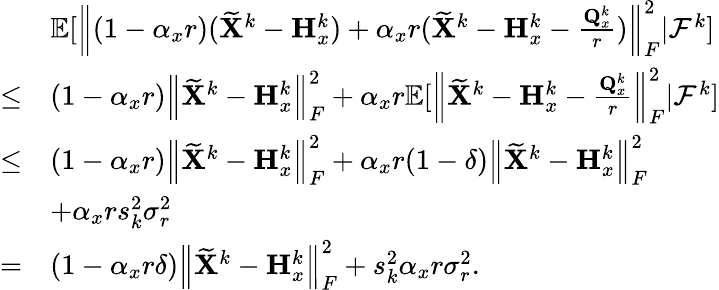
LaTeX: \begin{array}{rl}&{{\mathbb{E}}[\left\| (1-\alpha_{x}r)(\widetilde{{\mathbf{X}}}^{k}-{\mathbf{H}}_{x}^{k})+\alpha_{x}r(\widetilde{{\mathbf{X}}}^{k}-{\mathbf{H}}_{x}^{k}-\frac{{\mathbf{Q}}_{x}^{k}}{r})\right\| _{F}^{2}\vert{\mathcal{F}}^{k}]}\\ {\leq}&{(1-\alpha_{x}r)\left\| \widetilde{{\mathbf{X}}}^{k}-{\mathbf{H}}_{x}^{k}\right\| _{F}^{2}+\alpha_{x}r{\mathbb{E}}[\left\| \widetilde{{\mathbf{X}}}^{k}-{\mathbf{H}}_{x}^{k}-\frac{{\mathbf{Q}}_{x}^{k}}{r}\right\| _{F}^{2}\vert{\mathcal{F}}^{k}]}\\ {\leq}&{(1-\alpha_{x}r)\left\| \widetilde{{\mathbf{X}}}^{k}-{\mathbf{H}}_{x}^{k}\right\| _{F}^{2}+\alpha_{x}r(1-\delta)\left\| \widetilde{{\mathbf{X}}}^{k}-{\mathbf{H}}_{x}^{k}\right\| _{F}^{2}}\\ &{+\alpha_{x}rs_{k}^{2}\sigma_{r}^{2}}\\ {=}&{(1-\alpha_{x}r\delta)\left\| \widetilde{{\mathbf{X}}}^{k}-{\mathbf{H}}_{x}^{k}\right\| _{F}^{2}+s_{k}^{2}\alpha_{x}r\sigma_{r}^{2}.}\end{array}